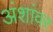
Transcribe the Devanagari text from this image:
अंशांवर